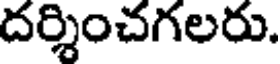
దర్శించగలరు.